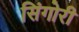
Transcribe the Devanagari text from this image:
सिंगोरी